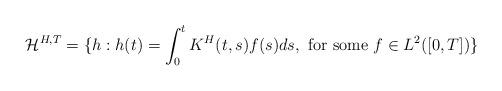
LaTeX: \begin{align*}\mathcal{H}^{H,T} = \{ h: h(t) = \int_0^t K^H(t,s) f(s) ds, \mbox{ for some } f \in L^2([0,T]) \}\end{align*}